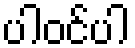
ပါဝင်ပါ